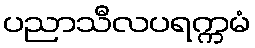
ပညာသီလပရက္ကမံ